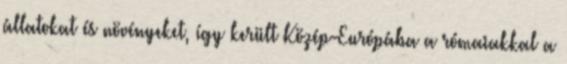
állatokat és növényeket, így került Közép-Európába a rómaiakkal a